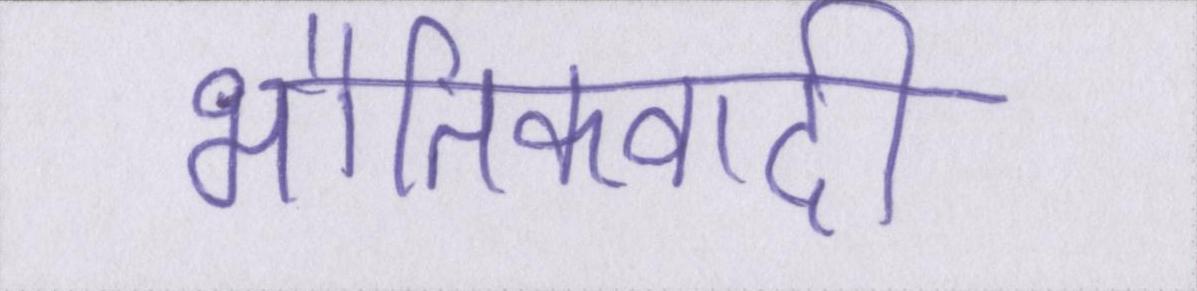
भौतिकवादी